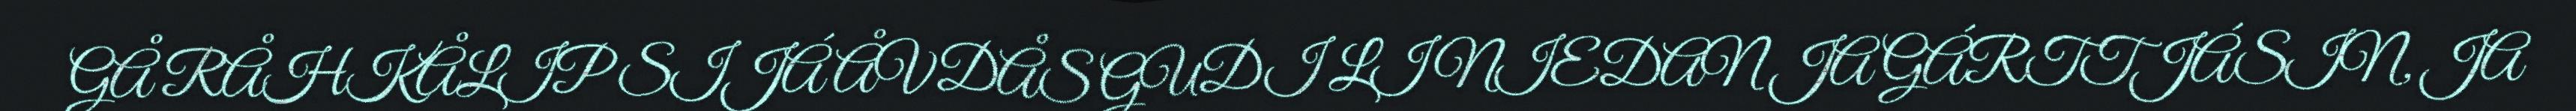
GÅ RÅHKÅLIP SIJÁ ÅVDÅS GUDI LI NIEDAN JA GÁRTTJÁSIN, JA